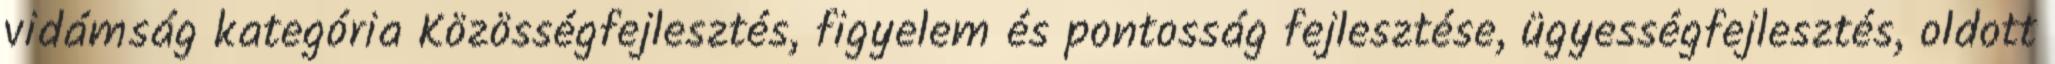
vidámság kategória Közösségfejlesztés, figyelem és pontosság fejlesztése, ügyességfejlesztés, oldott